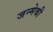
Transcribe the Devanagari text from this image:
जन्मेकी